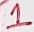
Text: 1